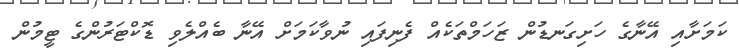
ކަމަށާއި އޭނާގެ ހަށިގަނޑުން ޒަހަމްތަކެއް ފެނިފައި ނުވާކަމަށް އޭނާ ބެއްލެވި ޑޮކްޓަރުންގެ ޓީމުން